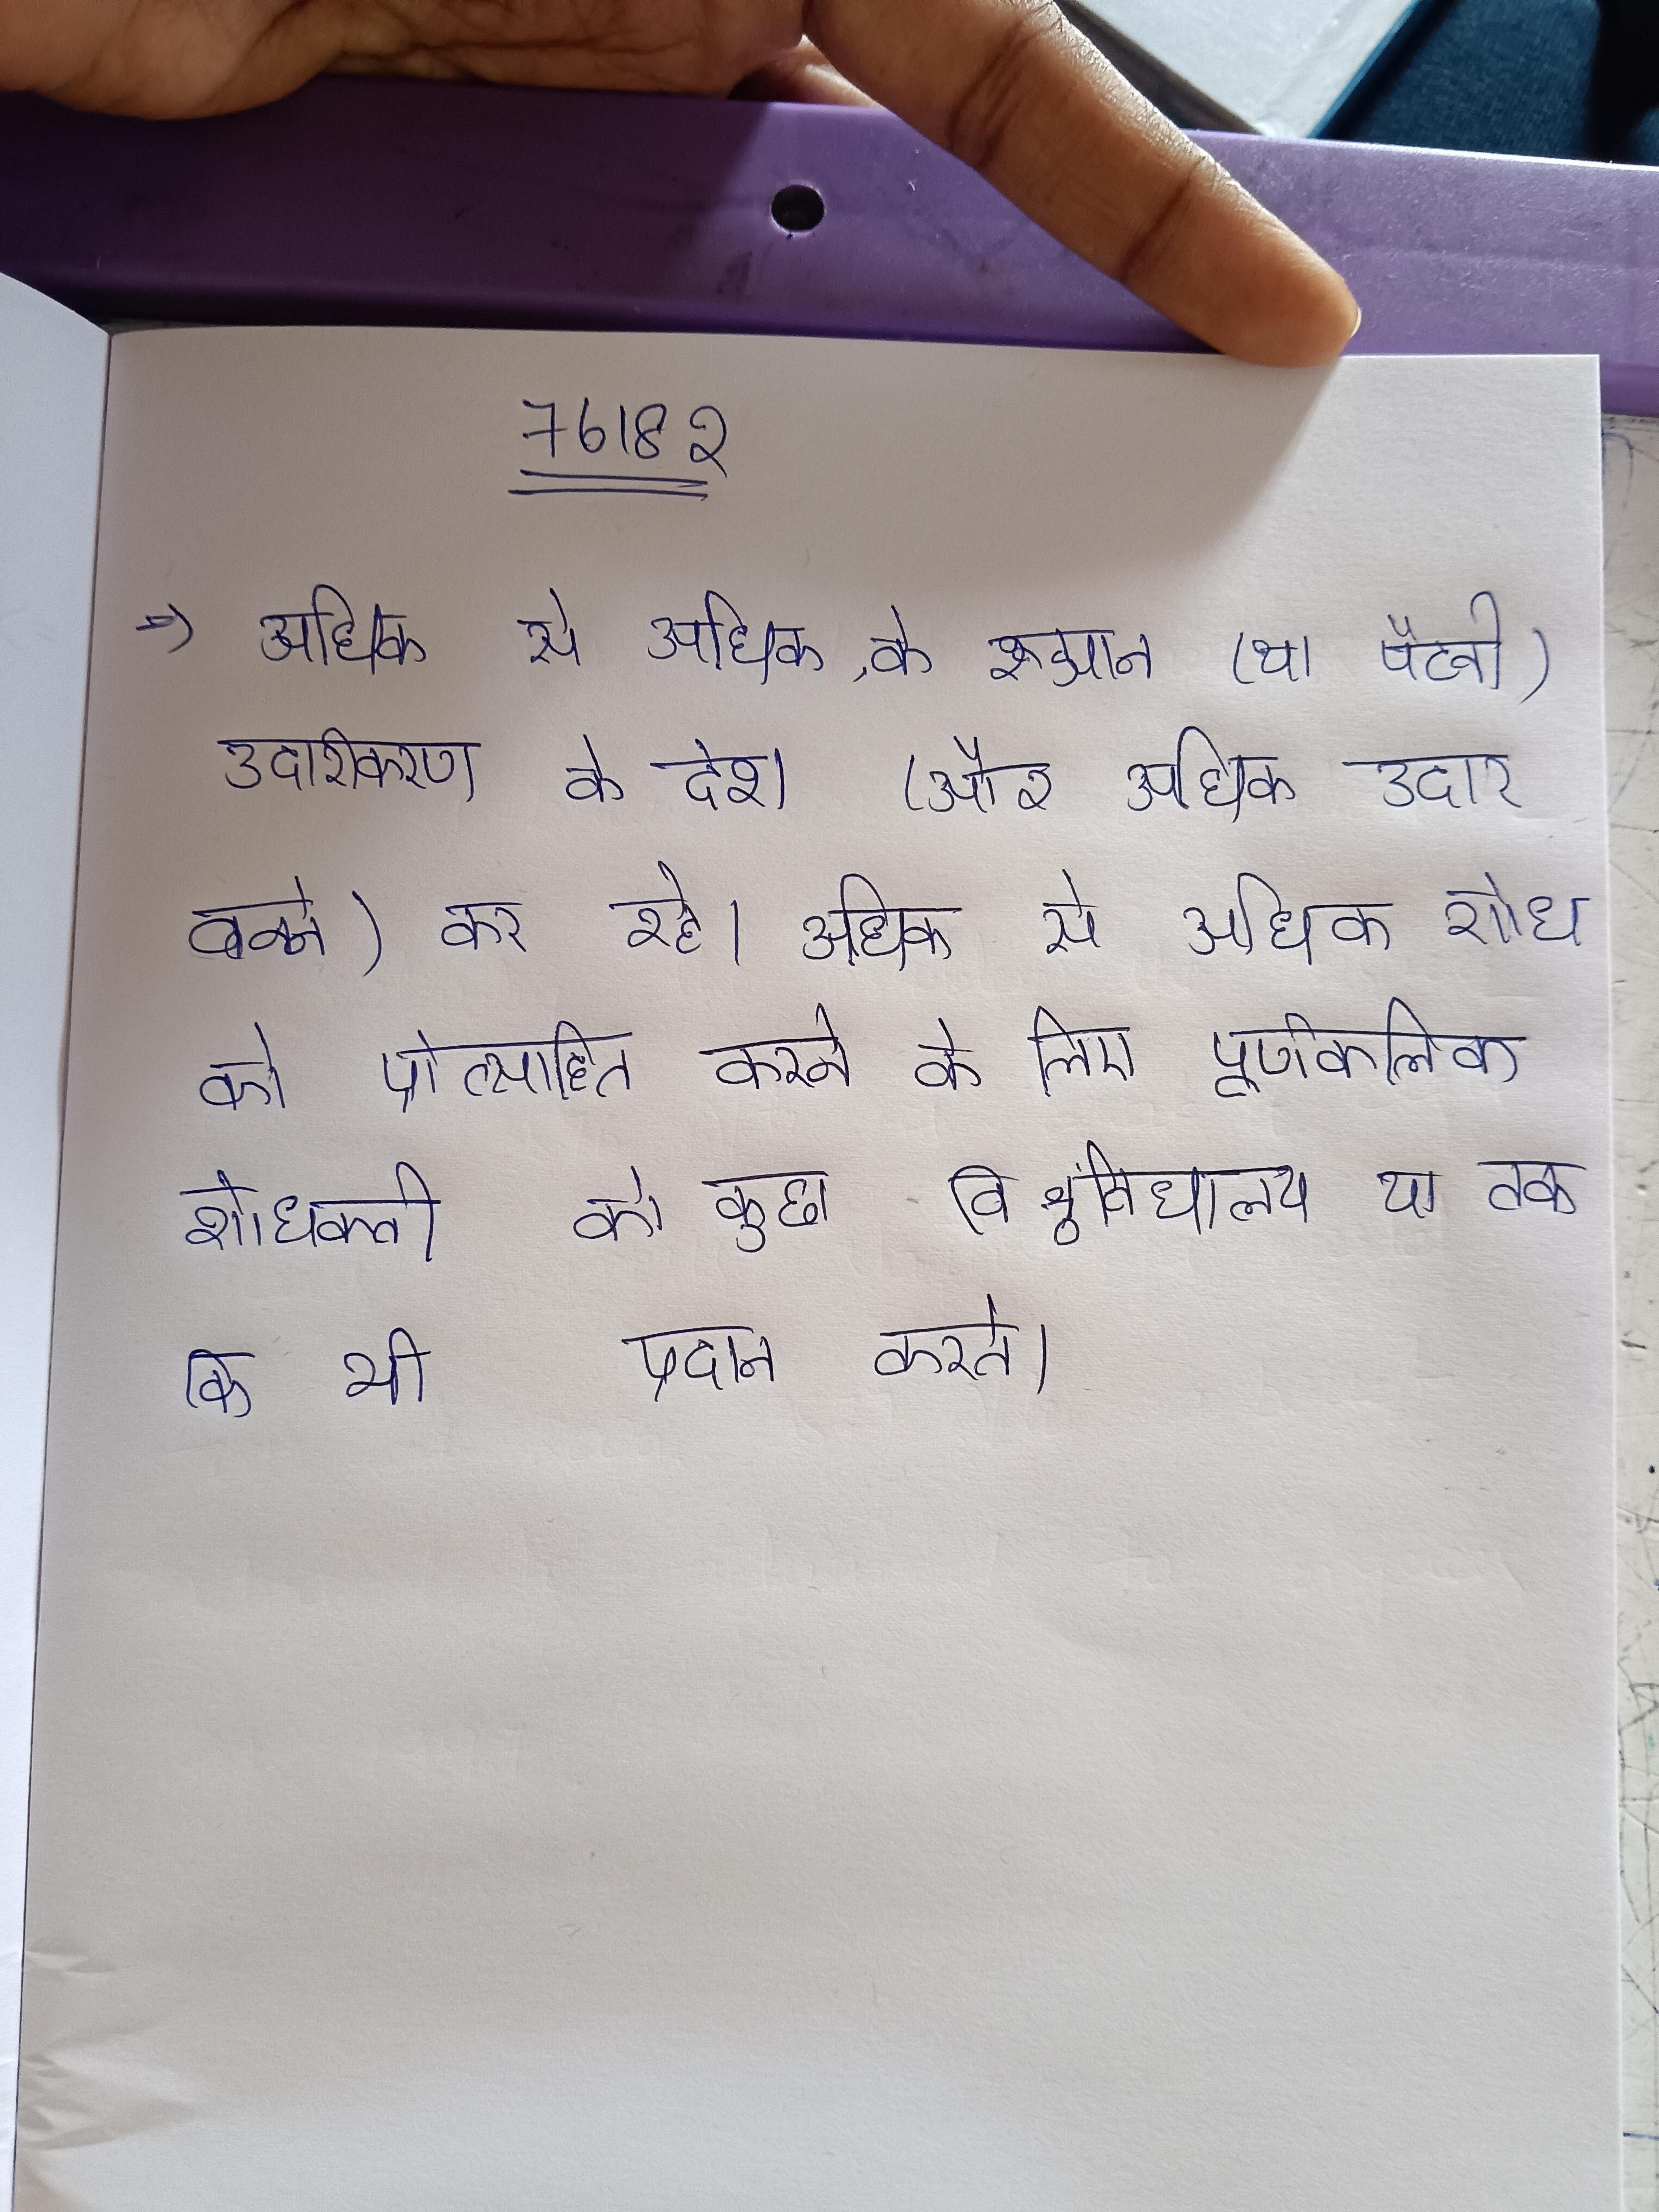
अधिक से अधिक, के रुझान (या पैटर्न) उदारीकरण के देश (और अधिक उदार बनने) कर रहे । अधिक से अधिक व्यावसायिक दृष्टिकोण को ध्यान रखते हुए सभी राष्ट्रीयकृत की भी । अधिक से अधिक शोध को प्रोत्साहित करने के लिए पूर्णकालिक शोधकर्ता को कुछ विश्वविद्यालय या तक कि भी प्रदान करते ।